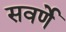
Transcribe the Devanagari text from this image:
सवर्णे